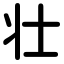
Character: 壮